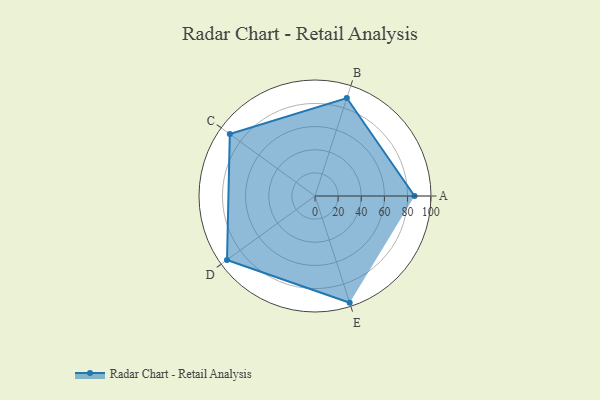
{"axis": {"x": "Skill", "y": "Score"}, "legend": ["Profile"], "data": [{"x": "A", "y": 86.0, "type": "Profile"}, {"x": "B", "y": 89.0, "type": "Profile"}, {"x": "C", "y": 91.0, "type": "Profile"}, {"x": "D", "y": 94.0, "type": "Profile"}, {"x": "E", "y": 97.0, "type": "Profile"}]}